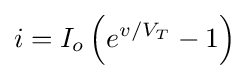
i=I_{o}\left(e^{{v}/{V_{T}}}-1\right)